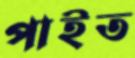
পাইত